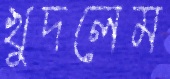
খুদলেম